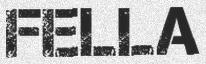
FELLA